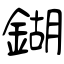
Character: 鍸